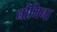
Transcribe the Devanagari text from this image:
नौमिना